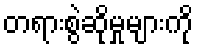
တရားစွဲဆိုမှုများကို